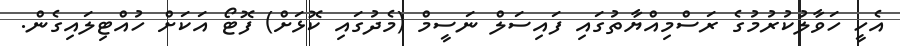
އެހީ ހަވާލުކުރުމުގެ ރަސްމިއްޔާތުގައި ފައިސަލް ނަސީމް (މެދުގައި ކޮޅަށް) ފޮޓޯ އަކަށް ހުއްޓިލައިގެން.